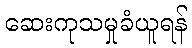
ဆေးကုသမှုခံယူရန်